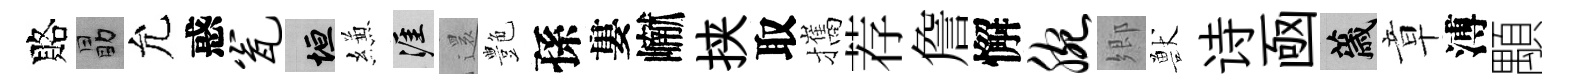
賂勗允惑瓮垣縑涯𮟃艶孫婁𪩘挟取攜荐詹懈腕郷獸诗凾薉章溥顒